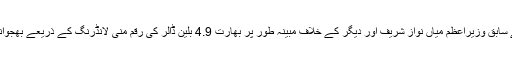
منگل 8 مئی 2018 ء) قومی احتساب بیورو کے چیئرمین جسٹس جاوید اقبال نے سابق وزیراعظم میاں نواز شریف اور دیگر کے خلاف مبینہ طور پر بھارت 4.9 بلین ڈالر کی رقم منی لانڈرنگ کے ذریعے بھجوانے کی میڈیا رپورٹ کا نوٹس لیتے ہوئے شکایت کی جانچ پڑتال کا حکم دیا ہے۔